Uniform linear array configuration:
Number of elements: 4
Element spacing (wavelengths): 0.75
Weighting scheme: hann
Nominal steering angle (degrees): -30
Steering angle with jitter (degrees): -29.933
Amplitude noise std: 0.05
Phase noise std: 0.05

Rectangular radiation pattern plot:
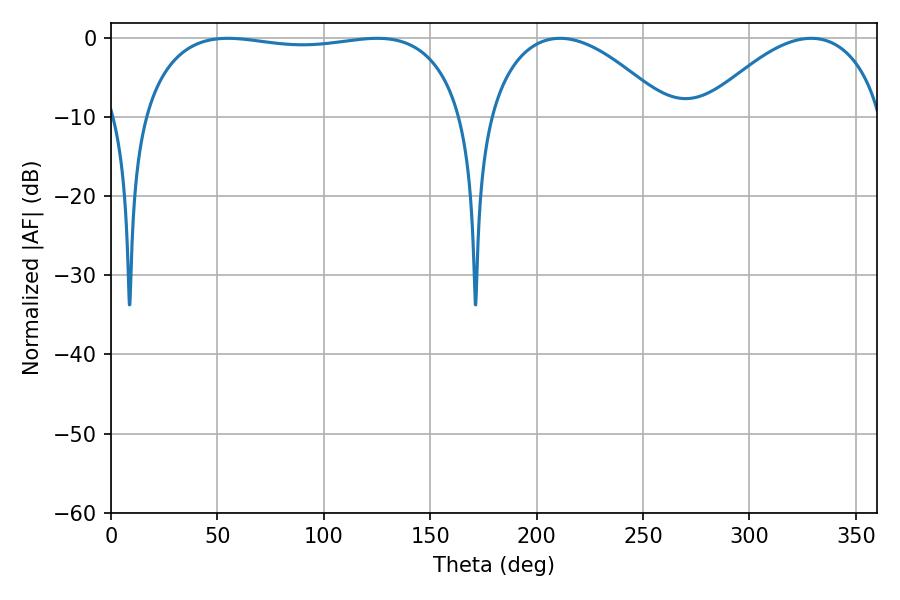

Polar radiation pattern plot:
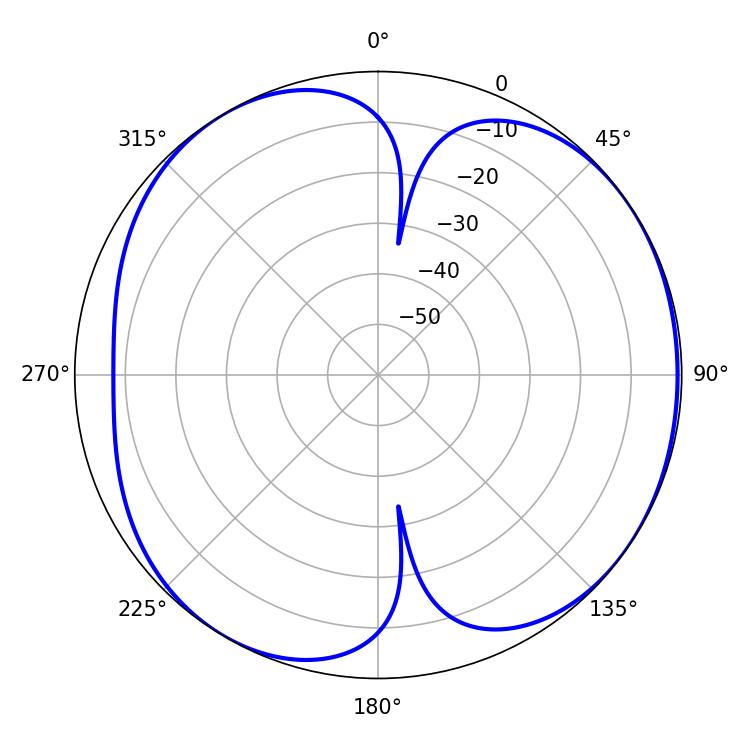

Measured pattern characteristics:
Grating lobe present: TRUE
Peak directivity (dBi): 5.377
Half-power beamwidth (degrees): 121.68
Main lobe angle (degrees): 54.9